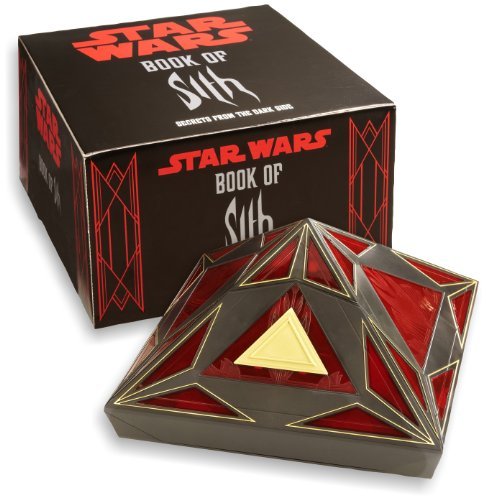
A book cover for Book of Sith: Secrets from the Dark Side [Vault Edition]; Daniel Wallace; Science Fiction & Fantasy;